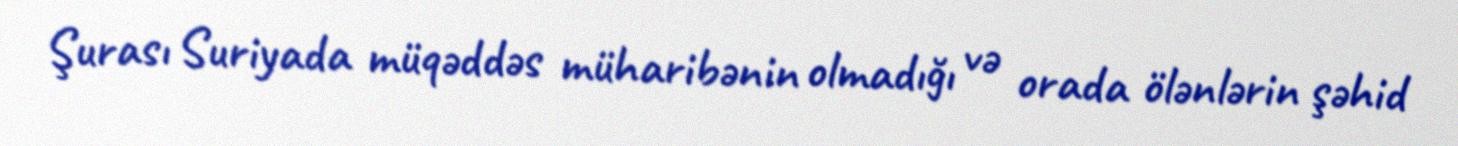
Şurası Suriyada müqəddəs müharibənin olmadığı və orada ölənlərin şəhid